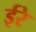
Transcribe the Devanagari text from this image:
ईरे